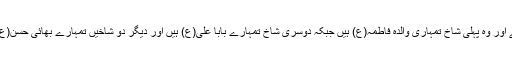
رسول خدا(ص) نے خواب سننے کے بعد فرمایا: وہ درخت تمہارا نانا ہے اور وہ پہلی شاخ تمہاری والدہ فاطمہ(ع) ہیں جبکہ دوسری شاخ تمہارے بابا علی(ع) ہیں اور دیگر دو شاخیں تمہارے بھائی حسن(ع) اور حسین(ع) ہیں ان کے جانے کے بعد دنیا میں اندھیرا چھا جائے گا ۔